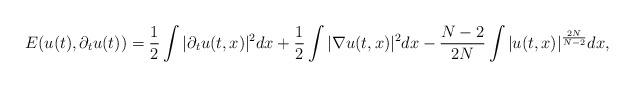
\begin{align*}E(u(t),\partial_t u(t)) = \frac{1}{2} \int |\partial_t u(t,x)|^2 dx + \frac{1}{2} \int |\nabla u(t,x)|^2 dx - \frac{N-2}{2N} \int |u(t,x)|^{\frac{2N}{N-2}} dx,\end{align*}